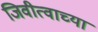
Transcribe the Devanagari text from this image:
जिवीत्वाच्या